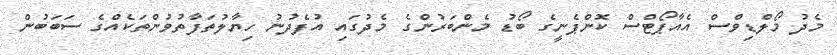
މެދު މޯލްޑިވްސް އެއާޕޯޓްސް ކޮންޕެނީގެ ބޯޑު މެންބަރުންގެ މެދުގައި އުފެދުނު ހިޔާލުތަފާތުވުންތަކެއްގެ ސަބަބުން